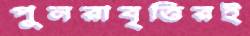
পুনরাবৃত্তিরই